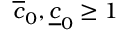
\overline { { c } } _ { 0 } , \underline { { c } } _ { 0 } \geq 1